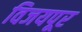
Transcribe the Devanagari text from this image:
विजयपूर